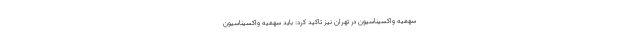
سهمیه واکسیناسیون در تهران نیز تاکید کرد: باید سهمیه واکسیناسیون